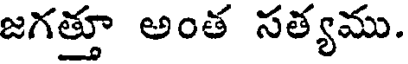
జగత్తూ అంత సత్యము.